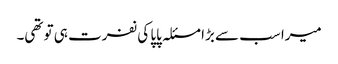
میرا سب سے بڑا مسئلہ پاپا کی نفرت ہی تو تھی۔